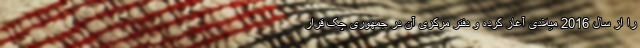
را از سال 2016 میلادی آغاز کرده و دفتر مرکزی آن در جمهوری چک قرار